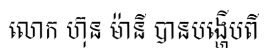
លោក ហ៊ុន ម៉ានី បានបង្ហើបពី